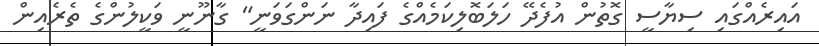
އައިރެއްގައި ސިޔާސީ ގޮތުން އުފެދޭ ހަލަބޮލިކަމެއްގެ ފައިދާ ނަންގަވަނީ" ގާނޫނީ ވަކީލުންގެ ތެރެއިން